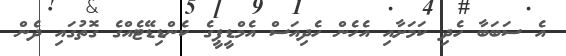
އެ ސަބަބާ ހެދި ކަމަށާއި އެހެން ހެދިއަސް އެމްޑީޕީގެ ކެންޑިޑޭޓެއްގެ ގޮތުގައި ދެން